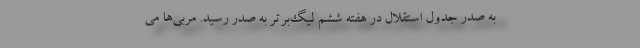
به صدر جدول استقلال در هفته‌ ششم لیگ‌برتر به صدر رسید. مربی‌ها می